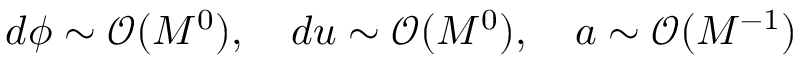
d \phi \sim \mathcal { O } ( M ^ { 0 } ) , \quad d u \sim \mathcal { O } ( M ^ { 0 } ) , \quad a \sim \mathcal { O } ( M ^ { - 1 } )